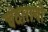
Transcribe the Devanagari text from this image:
चंदाराणी